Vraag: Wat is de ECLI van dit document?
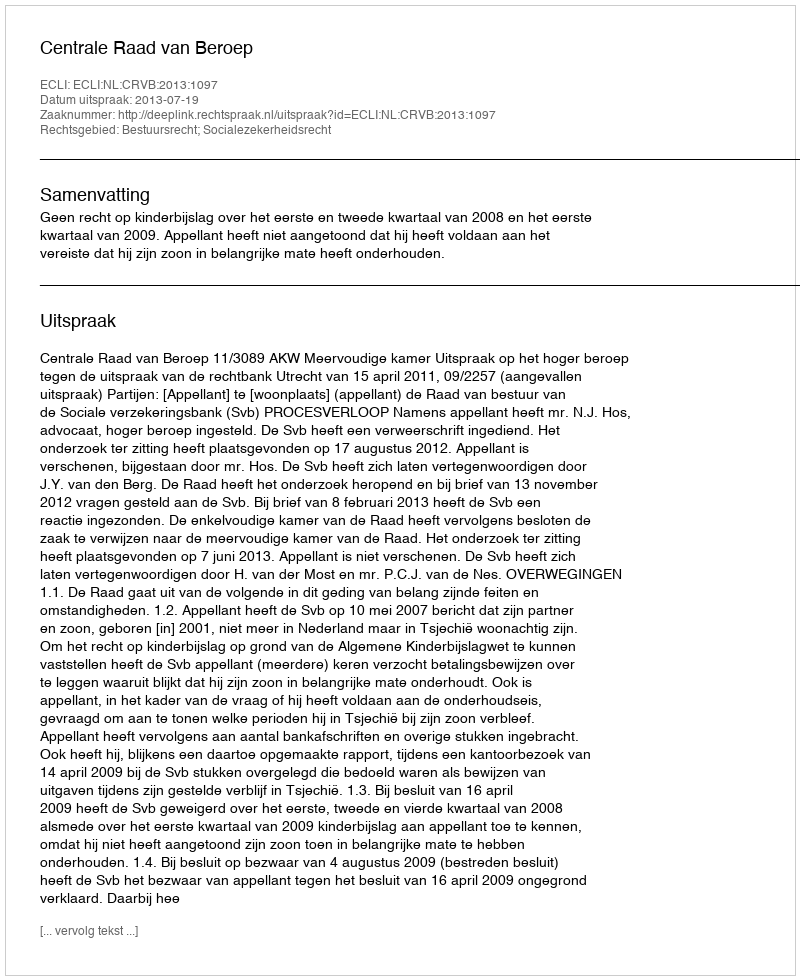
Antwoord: ECLI:NL:CRVB:2013:1097